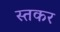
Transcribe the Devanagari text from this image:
स्तकर